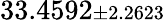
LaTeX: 33.4592{\scriptstyle\pm 2.2623}